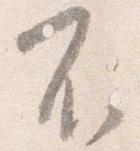
不